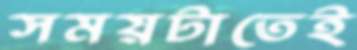
সময়টাতেই